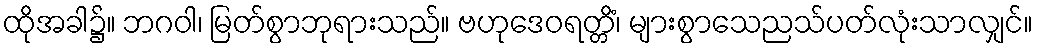
ထိုအခါ၌။ ဘဂဝါ၊ မြတ်စွာဘုရားသည်။ ဗဟုဒေဝရတ္တိံ၊ များစွာသေညသ်ပတ်လုံးသာလျှင်။